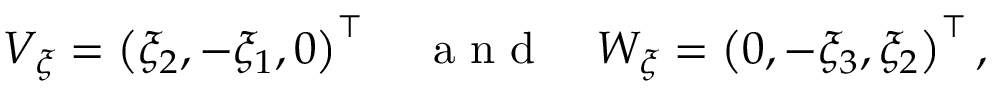
\begin{array} { r } { V _ { \xi } = \left( \xi _ { 2 } , - \xi _ { 1 } , 0 \right) ^ { \top } \quad \mathrm { ~ a ~ n ~ d ~ } \quad W _ { \xi } = \left( 0 , - \xi _ { 3 } , \xi _ { 2 } \right) ^ { \top } , } \end{array}